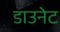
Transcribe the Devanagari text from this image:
डाउनेट